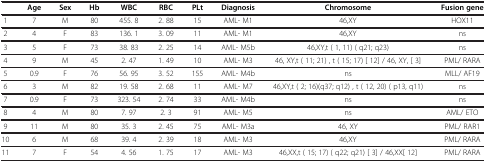
|  | Age | Sex | Hb | WBC | RBC | PLt | Diagnosis | Chromosome | Fusion gene |
 | --- | --- | --- | --- | --- | --- | --- | --- | --- | --- |
 | 1 | 7 | M | 80 | 455. 8 | 2. 88 | 15 | AML- M1 | 46,XY | HOX11 |
 | 2 | 4 | F | 83 | 136. 1 | 3. 09 | 11 | AML- M1 | 46,XY | ns |
 | 3 | 5 | F | 73 | 38. 83 | 2. 25 | 14 | AML- M5b | 46,XY,t ( 1, 11) ( q21; q23) | ns |
 | 4 | 9 | M | 45 | 2. 47 | 1. 49 | 10 | AML- M3 | 46, XY,t ( 11; 21) , t ( 15; 17) [ 12] / 46, XY, [ 3] | PML/ RARA |
 | 5 | 0.9 | F | 76 | 56. 95 | 3. 52 | 155 | AML- M4b | ns | MLL/ AF19 |
 | 6 | 3 | M | 82 | 19. 58 | 2. 68 | 11 | AML- M7 | 46,XY,t ( 2; 16)(q37; q12) , t ( 12, 20) ( p13, q11) | ns |
 | 7 | 0.9 | F | 73 | 323. 54 | 2. 74 | 33 | AML- M4b | ns | ns |
 | 8 | 4 | M | 80 | 7. 97 | 2. 3 | 91 | AML- M5 | ns | AML/ ETO |
 | 9 | 11 | M | 80 | 35. 3 | 2. 45 | 75 | AML- M3a | 46, XY | PML/ RAR1 |
 | 10 | 6 | M | 68 | 39. 4 | 2. 39 | 18 | AML- M3 | 46,XY | PML/ RARA |
 | 11 | 7 | F | 54 | 4. 56 | 1. 75 | 17 | AML- M3 | 46,XX,t ( 15; 17) ( q22; q21) [ 3] / 46,XX[ 12] | PML/ RARA |